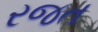
રજત